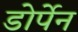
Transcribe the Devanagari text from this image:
डोर्पेन